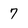
Character: 7